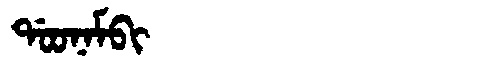
Manchu: ᡩᠣᠣᠨᠠᠮᠪᡳ
Romanization: DOONAMBI